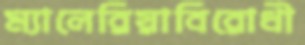
ম্যালেরিয়াবিরোধী